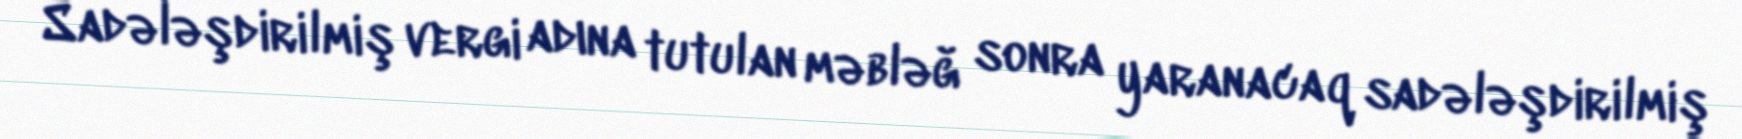
Sadələşdirilmiş vergi adına tutulan məbləğ sonra yaranacaq sadələşdirilmiş